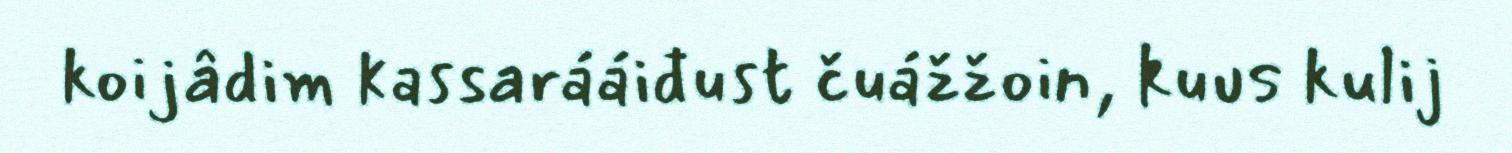
koijâdim kassarááiđust čuážžoin, kuus kulij